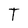
Character: T